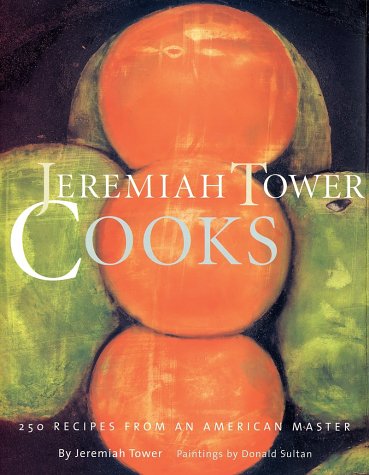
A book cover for Jeremiah Tower Cooks: 250 Recipes from an American Master; Jeremiah Tower; Cookbooks, Food & Wine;